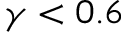
\gamma < 0 . 6